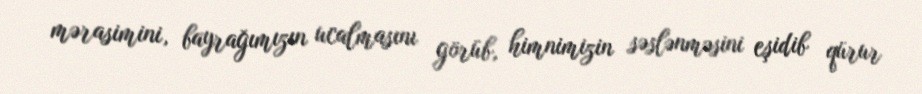
mərasimini, bayrağımızın ucalmasını görüb, himnimizin səslənməsini eşidib qürur